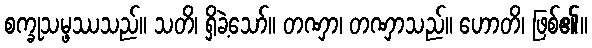
စက္ခုသမ္ဖဿသည်။ သတိ၊ ရှိခဲ့သော်။ တဏှာ၊ တဏှာသည်။ ဟောတိ၊ ဖြစ်၏။